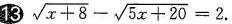
13 $$\sqrt { x + 8 } - \sqrt { 5 x + 2 0 } = 2$$.